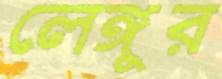
লেঙ্গুর